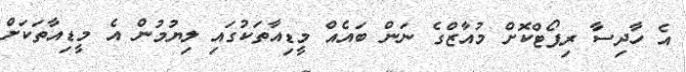
އެ ހާދިސާ ރިޕޯޓްކޮށް މުއާޒްގެ ނަން ބައެއް މީޑިއާތަކުގައި ލިޔުމުން އެ މީޑިއާތަކަށް